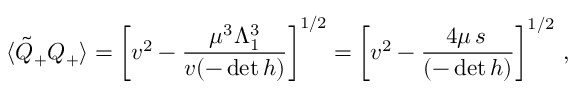
\langle \tilde { Q } _ { + } Q _ { + } \rangle = \left[ v ^ { 2 } - \frac { \mu ^ { 3 } \Lambda _ { 1 } ^ { 3 } } { v ( - \operatorname * { d e t } h ) } \right] ^ { 1 / 2 } = \left[ v ^ { 2 } - \frac { 4 \mu \, s \, } { ( - \operatorname * { d e t } h ) } \right] ^ { 1 / 2 } \, ,